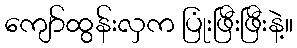
ကျော်ထွန်းလှက ပြုံးဖြီးဖြီးနဲ့။